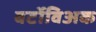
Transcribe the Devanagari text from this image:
बर्टोविअक